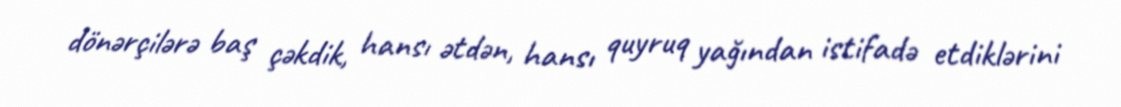
dönərçilərə baş çəkdik, hansı ətdən, hansı quyruq yağından istifadə etdiklərini